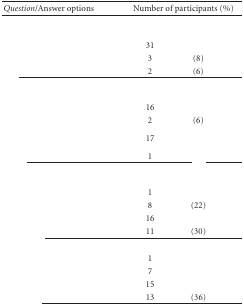
<table><thead><tr><td><b><i>Question</i>/Answer options</b></td><td colspan="2"><b>Number of participants (%)</b></td></tr></thead><tbody><tr><td>[EMPTY_CELL]</td><td colspan="2">[EMPTY_CELL]</td></tr><tr><td>[EMPTY_CELL]</td><td>31</td><td>[EMPTY_CELL]</td></tr><tr><td>[EMPTY_CELL]</td><td>3</td><td>(8)</td></tr><tr><td>[EMPTY_CELL]</td><td>2</td><td>(6)</td></tr><tr><td>[EMPTY_CELL]</td><td>[EMPTY_CELL]</td><td>[EMPTY_CELL]</td></tr><tr><td>[EMPTY_CELL]</td><td>16</td><td>[EMPTY_CELL]</td></tr><tr><td>[EMPTY_CELL]</td><td>2</td><td>(6)</td></tr><tr><td>[EMPTY_CELL]</td><td>17</td><td>[EMPTY_CELL]</td></tr><tr><td>[EMPTY_CELL]</td><td>1</td><td>[EMPTY_CELL]</td></tr><tr><td>[EMPTY_CELL]</td><td>[EMPTY_CELL]</td><td>[EMPTY_CELL]</td></tr><tr><td>[EMPTY_CELL]</td><td>1</td><td>[EMPTY_CELL]</td></tr><tr><td>[EMPTY_CELL]</td><td>8</td><td>(22)</td></tr><tr><td>[EMPTY_CELL]</td><td>16</td><td>[EMPTY_CELL]</td></tr><tr><td>[EMPTY_CELL]</td><td>11</td><td>(30)</td></tr><tr><td>[EMPTY_CELL]</td><td>[EMPTY_CELL]</td><td>[EMPTY_CELL]</td></tr><tr><td>[EMPTY_CELL]</td><td>1</td><td>[EMPTY_CELL]</td></tr><tr><td>[EMPTY_CELL]</td><td>7</td><td>[EMPTY_CELL]</td></tr><tr><td>[EMPTY_CELL]</td><td>15</td><td>[EMPTY_CELL]</td></tr><tr><td>[EMPTY_CELL]</td><td>13</td><td>(36)</td></tr></tbody></table>